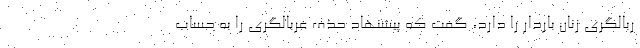
ربالگری زنان باردار را دارد، گفت که پیشنهاد حذف غربالگری را به حساب